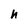
Character: h